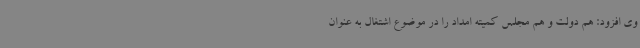
وی افزود: هم دولت و هم مجلس کمیته امداد را در موضوع اشتغال به عنوان